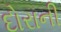
દોરાની